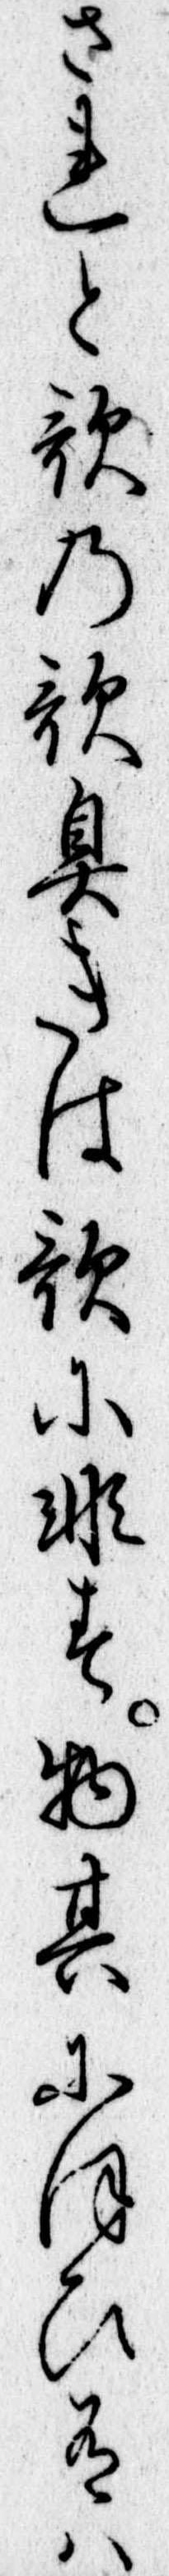
されと歌の歌臭きは歌に非す物其にほひ有は